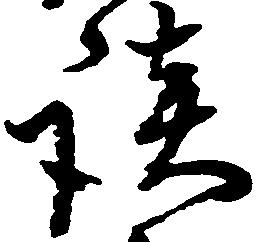
談